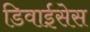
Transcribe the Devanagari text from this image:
डिवाईसेस